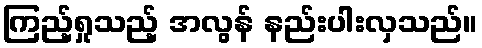
ကြည့်ရှုသည့် အလွန် နည်းပါးလှသည်။